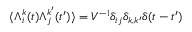
\langle \boldsymbol { \Lambda } _ { i } ^ { k } ( t ) \boldsymbol { \Lambda } _ { j } ^ { k ^ { \prime } } ( t ^ { \prime } ) \rangle = V ^ { - 1 } \delta _ { i j } \delta _ { k , k ^ { \prime } } \delta ( t - t ^ { \prime } )